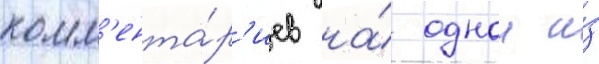
комм'ента́р'иев на́ однои и́з